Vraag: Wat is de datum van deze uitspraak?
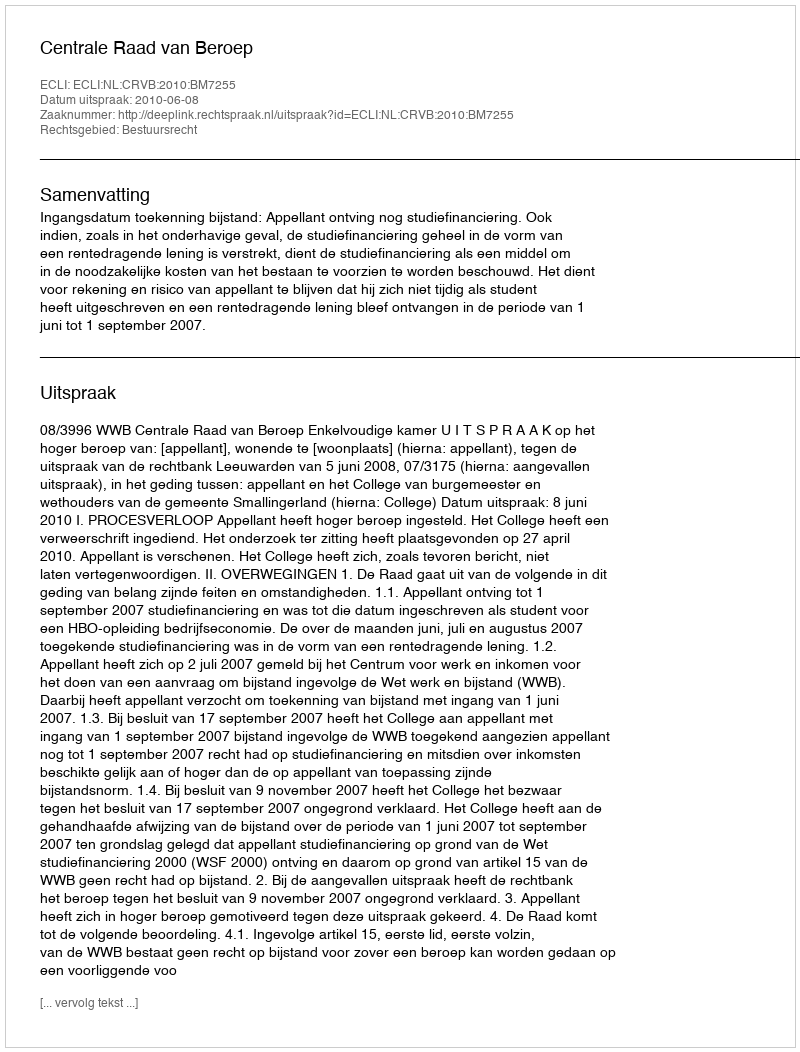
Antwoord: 2010-06-08